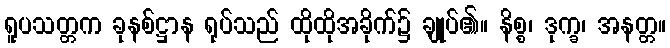
ရူပသတ္တက ခုနစ်ဋ္ဌာန ရုပ်သည် ထိုထိုအခိုက်၌ ချုပ်၏။ နိစ္စ၊ ဒုက္ခ၊ အနတ္တ။